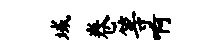
域卷等啊